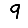
Digit: 9